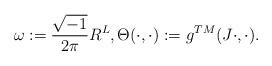
LaTeX: \begin{align*}\omega : = \frac{\sqrt{-1}}{2\pi}R^L, \Theta (\cdot, \cdot):= g^{TM}(J\cdot, \cdot).\end{align*}